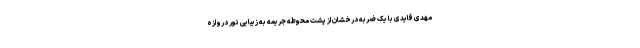
مهدی قایدی با یک ضربه درخشان از پشت محوطه جریمه به زیبایی تور دروازه